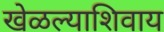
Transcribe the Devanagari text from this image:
खेळल्याशिवाय